Statistical return of the lunatic asylum in Assam - 1912-1932
Year: 1912
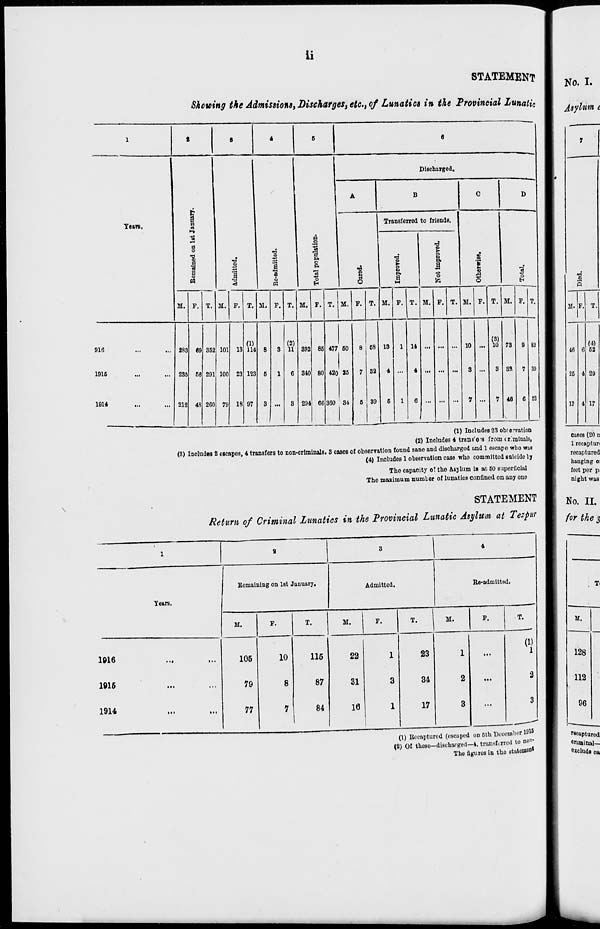
ii
STATEMENT
Shomng the Admissions, Discharges, etc., of Lunatics in the Provincial Lunatic
r*
t
S
4
5
«
Discharged.
Years.
a
A
B
C
D
Transferred to friends.
o
a
13
1 a
13
o
13
i a
13
>
o M
«
a
§
a
3
Eo-adra
Total p
Cured.
I
p.
a
1-4
o
te
M
H
o
o
M. F. T. M. F. T. M. P. T. M. F. T. M. P. T. M. P. T. M. F. T. M. F. T. M. P. T.
916
...
283 69 352 101 13
(1)
114 8
3
(2)
11 392 85 477 60
8 68 13
1 14 ... ...
10 ...
(3)
10 73 9 83
1915
...
236 56 291 100 23 123 5
1
6 340 80 420 85
7 32 4 ... 4 ... ... ... 3 ... 3 33 7 39
1914
•■>
>•!
212 48 260 79 18 97
3 1 ... 3 294 66 360 34 6 39 6 1 6 ... ... ... 7 ... 7 46 6 82
(1) Includes 23 obrelation
(2) Includes 4 trance's from criminals,
(8) Includes 2 escapes, 4 transfers to non-criminals. 3 cases of observation found sane and discharged and l escape who was
(4) Includes 1 observation case who committed suicide by
The capacity of the Asylum is at 60 superficial
The maximum numtor of lunatics confined on any ono
STATEMENT
Return of Criminal Lunatics in the Provincial Lunatic Asylum at Tezpur
1
a
3
4
Bcmaining on 1st January.
Admitted.
Re-admittod.
Tears.
M.
p.
T.
M.
F.
T.
11.
P.
T.
(1)
1016
• X
■..
105
10
115
22
1
23
1
...
1
1915
•••
...
79
8
87
31
3
34
2
...
2
1914
<•<
...
77
7
84
16
1
17
3
...
3
(1) Bceaptured (escaped on 5th December 191
(2) Of ttM»e-4toel»rged—4, transferred to non-
The flgurcD in tho et»to» on *